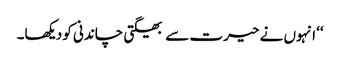
‘‘ انہوں نے حیرت سے بھیگتی چاندنی کو دیکھا۔